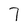
Character: 7